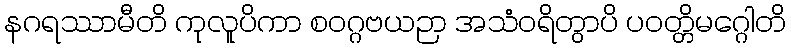
နဂရဿာမီတိ ကုလူပိကာ စဝဂ္ဂဗယဉာ အသံဝရိတွာပိ ပဝတ္တိမဂ္ဂေါတိ